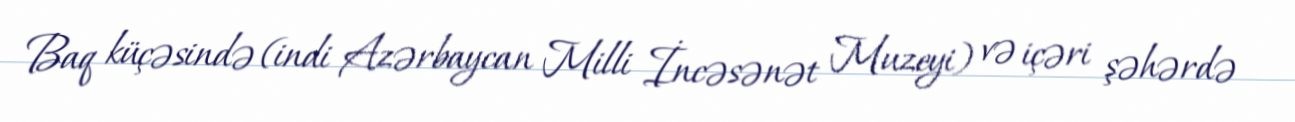
Baq küçəsində (indi Azərbaycan Milli İncəsənət Muzeyi) və içəri şəhərdə